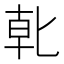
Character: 𭅓